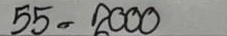
55 = 2000